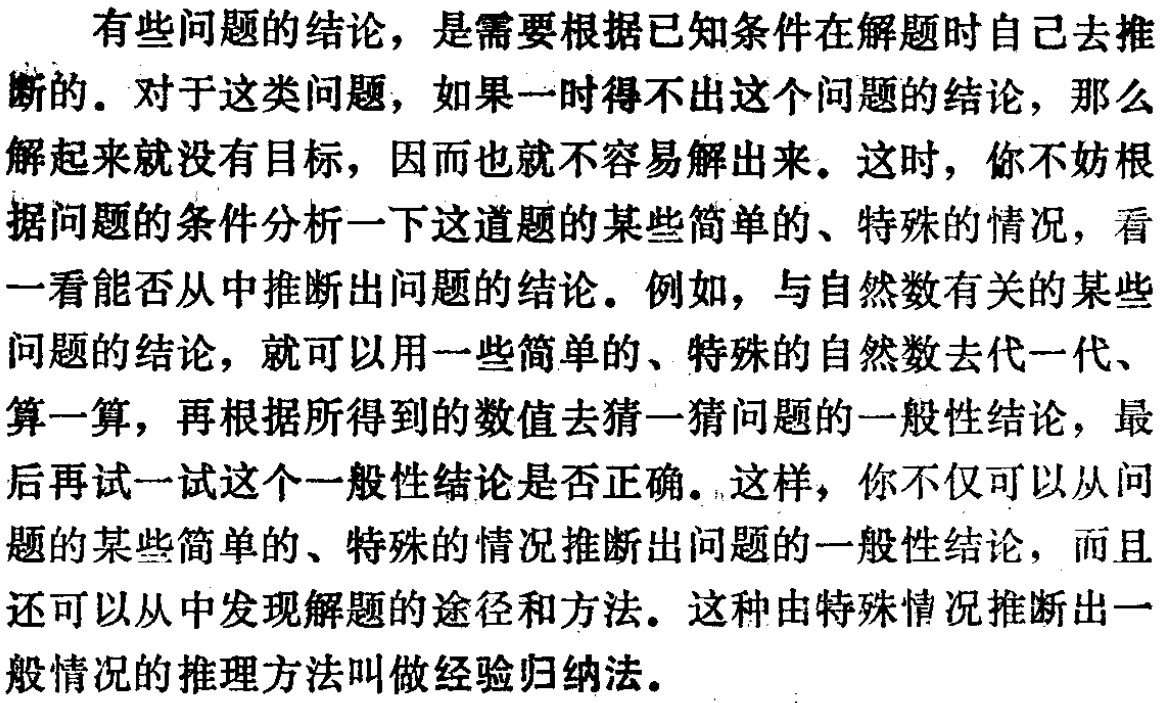
有些问题的结论，是需要根据已知条件在解题时自己去推断的。对于这类问题，如果一时得不出这个问题的结论，那么解起来就没有目标，因而也就不容易解出来。这时，你不妨根据问题的条件分析一下这道题的某些简单的、特殊的情况，看一看能否从中推断出问题的结论。例如，与自然数有关的某些问题的结论，就可以用一些简单的、特殊的自然数去代一代、算一算，再根据所得到的数值去猜一猜问题的一般性结论，最后再试一试这个一般性结论是否正确。这样，你不仅可以从问题的某些简单的、特殊的情况推断出问题的一般性结论，而且还可以从中发现解题的途径和方法。这种由特殊情况推断出一般情况的推理方法叫做经验归纳法。